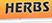
herbs